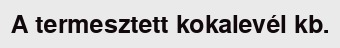
A termesztett kokalevél kb.